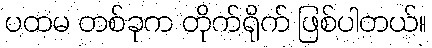
ပထမ တစ်ခုက တိုက်ရိုက် ဖြစ်ပါတယ်။